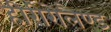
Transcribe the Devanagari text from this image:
हीरीरोलैण्ड